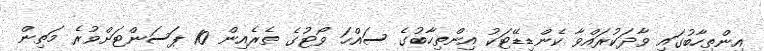
އިންތިހާބުގައި ވާދަކުރައްވާ ކެންޑިޑޭޓަކު އިންތިހާބުގެ ސައްހަ ވޯޓުގެ ތެރެއިން 10 ޕަސަންޓަށްވުރެ މަތިން